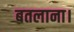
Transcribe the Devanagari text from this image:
बतलाना।